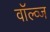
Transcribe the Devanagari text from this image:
वॉल्व्ज